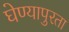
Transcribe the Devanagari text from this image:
घेण्यापुरता